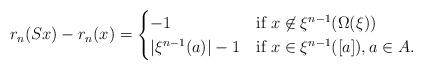
LaTeX: \begin{align*}r_{n}(Sx) - r_{n}(x) = \begin{cases} -1 & \textrm{if } x \not\in \xi^{n-1}(\Omega ({\xi})) \\ \vert \xi^{n-1}(a) \vert -1 & \textrm{if } x \in \xi^{n-1}([a]), a\in A. \end{cases} \end{align*}